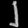
Digit: ၂